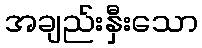
အချည်းနှီးသော